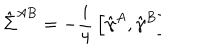
\hat { \Sigma } ^ { A B } = - { \frac { i } { 4 } } \left[ \hat { \gamma } ^ { A } , \hat { \gamma } ^ { B } \right] \hspace { 6 c m }